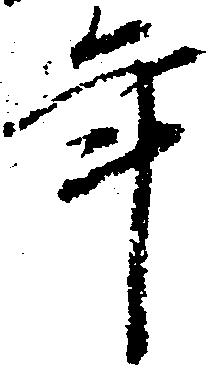
年